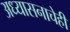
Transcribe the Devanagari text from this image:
अध्यासनाचेही